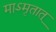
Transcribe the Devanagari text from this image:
माऽमृतात्‌